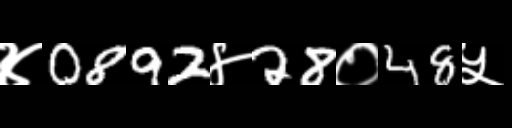
Text: ४0892४28०48५